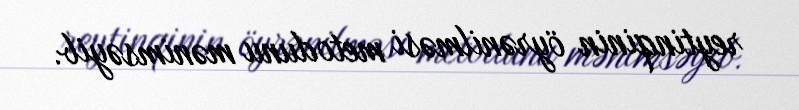
reytinqinin öyrənilməsi metodunu mənimsəyib.